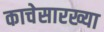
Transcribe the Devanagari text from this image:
काचेसारख्या